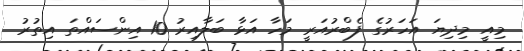
މިއީ މިދިޔަ އަހަރުގެ ފެބްރުއަރީ މަހާ އަޅާ ބަލާއިރު 10 އިންސައްތަ އިތުރު